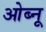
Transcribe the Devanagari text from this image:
ओब्नू